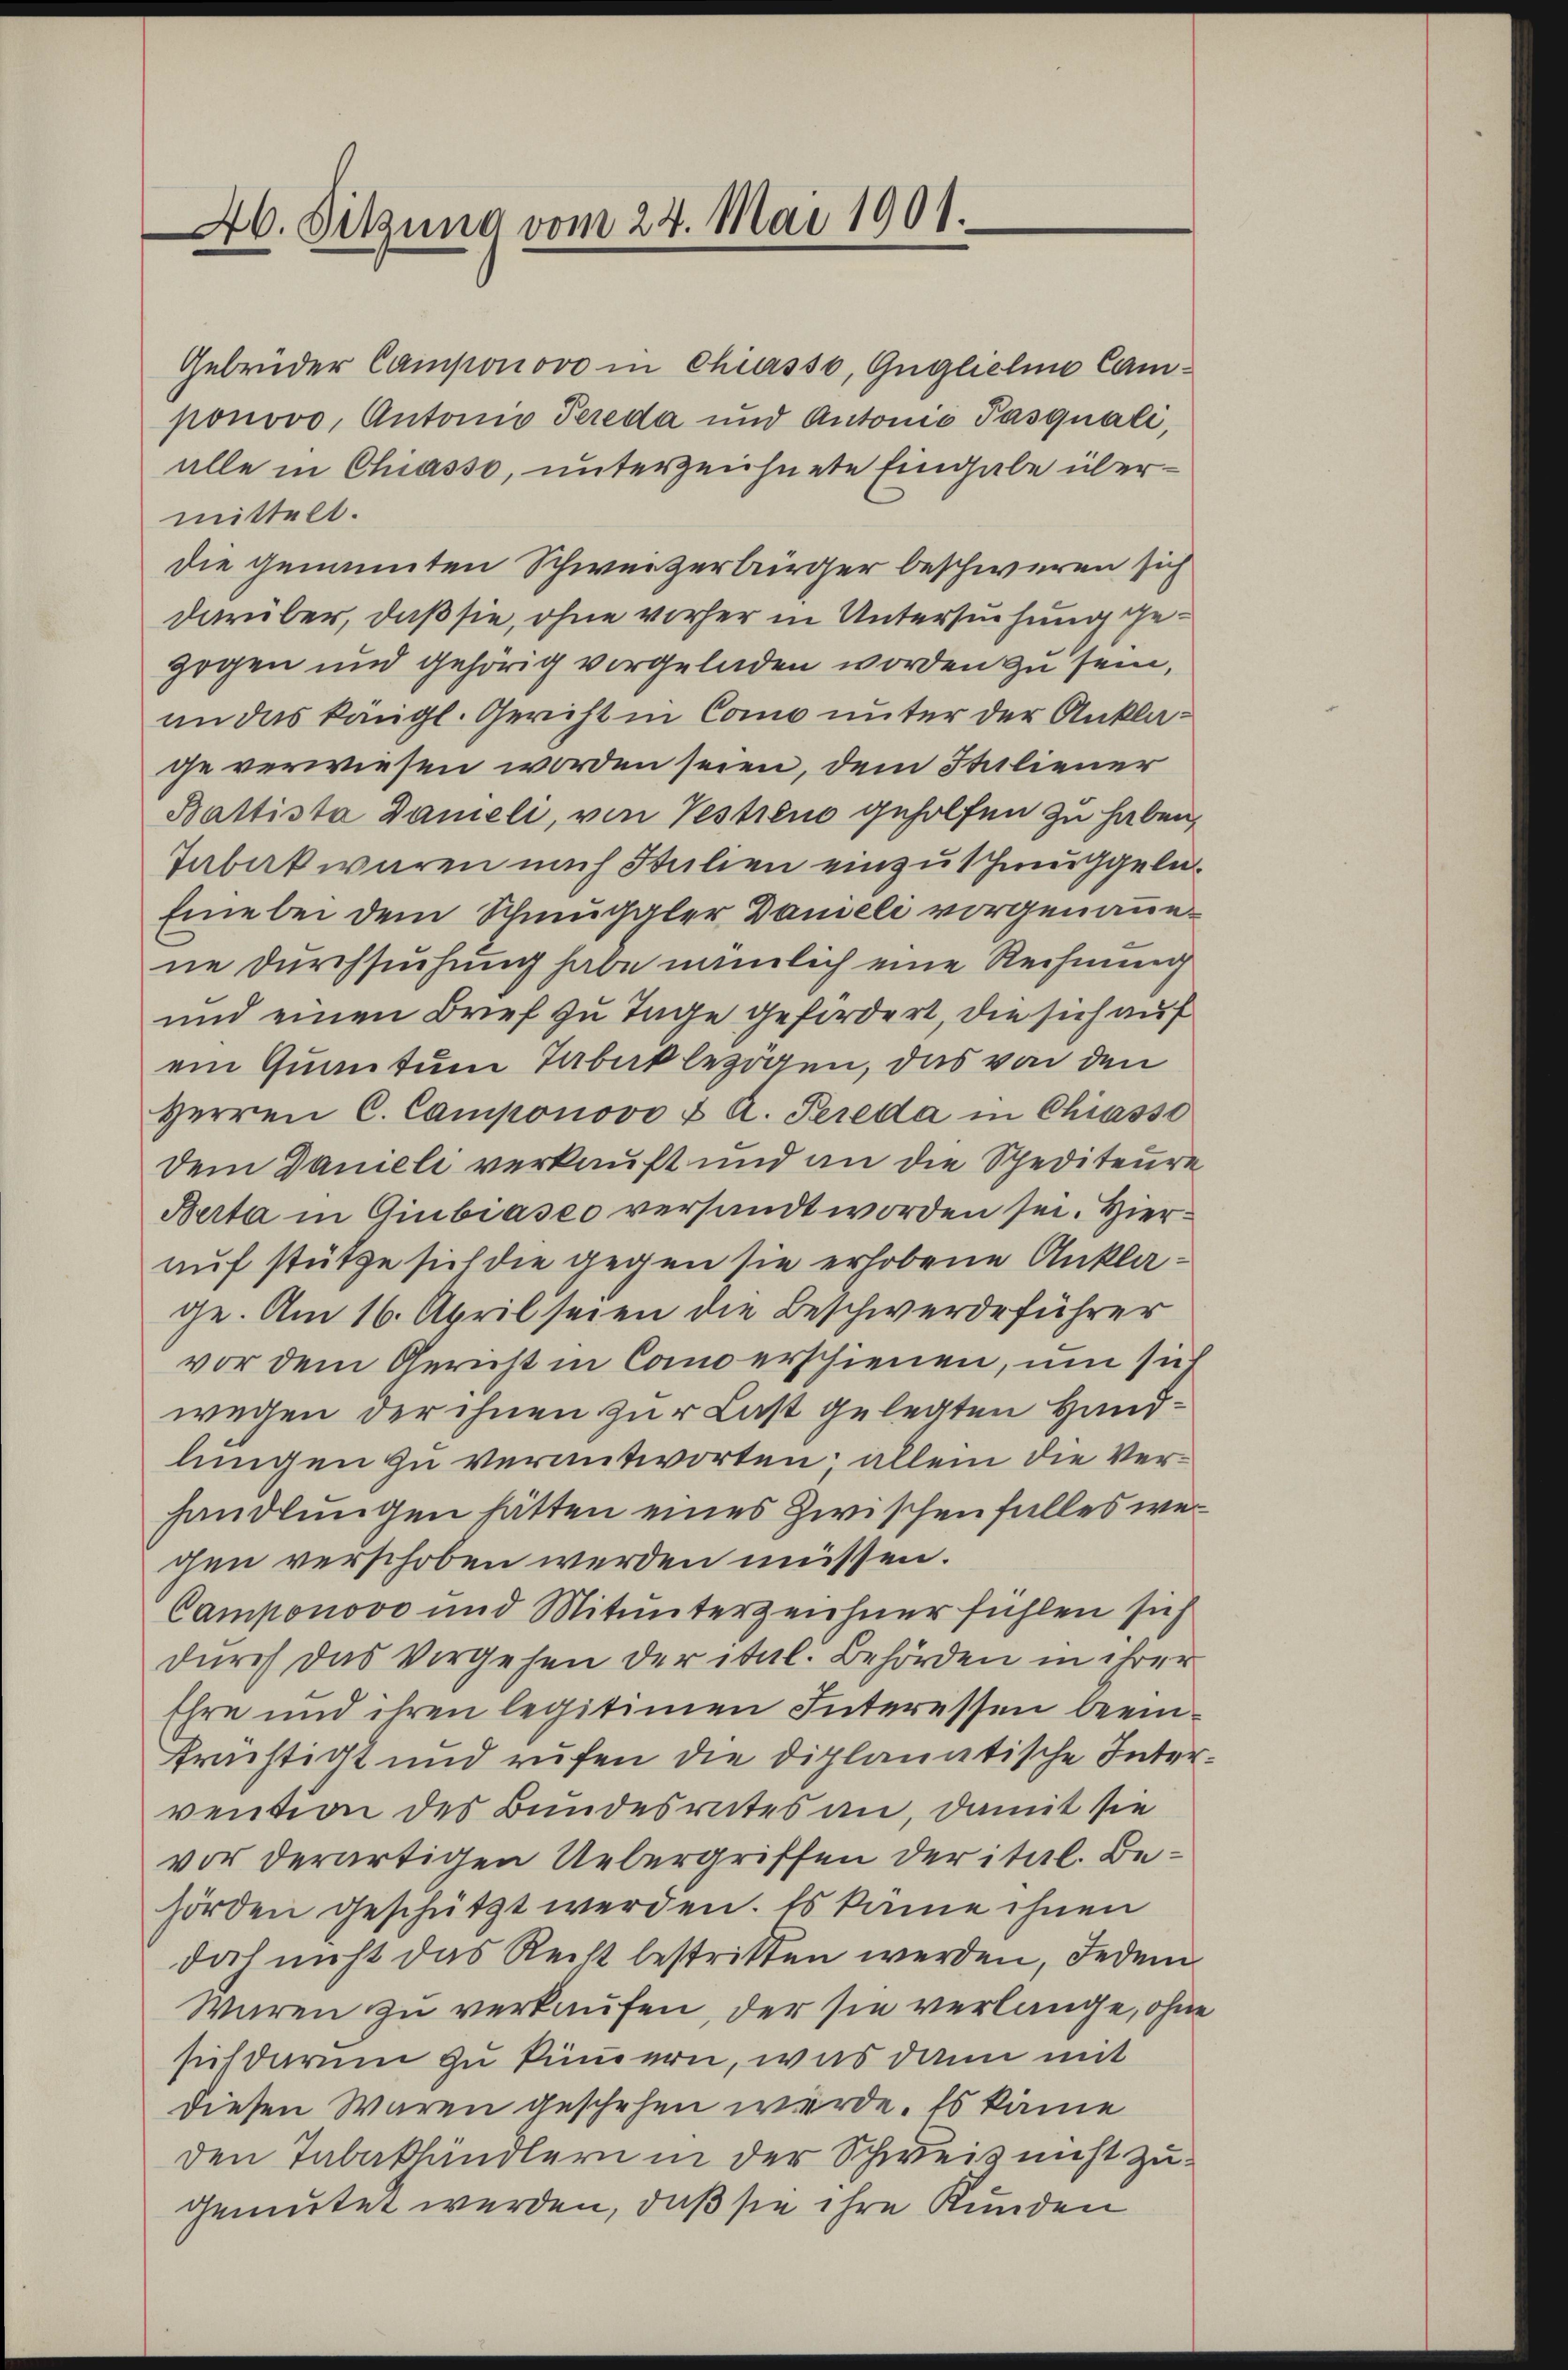
A6. Setzung vom 24. Mai 1901.

Gebrüder Camponovo in Chiasso, Guglieline Camponovo, Antonio Pereda und Antonio Pasquali,
alle in Chiasso, unterzeichnete Eingabe übermittelt.
die genannten Schweizerbürger beschweren sich
darüber, daß sie, ohne vorher in Untersuchung gegogen und gehörig vorgeladen worden zu sein,
an das kangl. Gericht in Como unter der Anklage verwiesen worden seien, dem Stiliener
Battista Danieli, von Testieno geholfen zu haben,
Tabak waren nach Stulien einzuschmuggele¬
Eine bei dem Schmuggler Danieli vorgenauene Durchsuchung habe nämlich eine Rechnung
und einen Brief zu Tage gefordert, die sich auf
ein Quantum Tabak bezögen, das von den
Herren C. Camponovo & A. Pereda in Chiasso
Dem Danieli verkauft und an die Spediteure
Berta in Giubiases versandt worden sei. Hierauf stütze sich die gegen sie erhobene Anklage. Am 16. April seien die Beschwerdeführer
vor dem Gericht in Canoerschienen, um sich
wegen der ihnen zur Last gelegten Handlungen zu verantworten; allein die Verhandlungen hätten eines Zwischenfalles wegen verschoben werden müssen.
Camponovo und Mitunterzeichner fühlen sich
durch das Vergehen der ital. Behörden in ihrer
Ehre und ihren legitimen Interessen beein-
früchtigt und rufen die diplomatische Intervention des Bundesrates an, damit sie
vor derartigen Uebergriffen der ital. Behörden geschützt werden. Es käme ihnen
doch nicht das Recht bestritten werden, Jeden
Waren zu verkaufen, der sie verlange, ohne
sich darum zu kümmern, was dann mit
diesen Waren geschehen werde. Es käme
den Tabakhändlern in der Schweiz nicht zu
gemutet werden, daß sie ihre Kunden